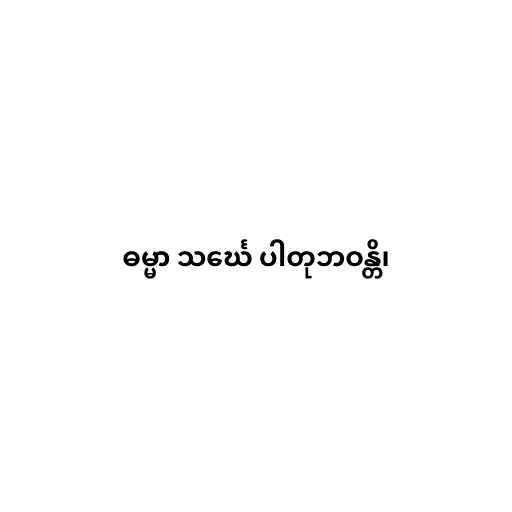
ဓမ္မာ သင်္ဃေ ပါတုဘဝန္တိ၊